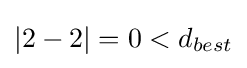
|2-2|=0<d_{best}